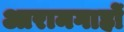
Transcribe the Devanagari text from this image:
आरामगाहों